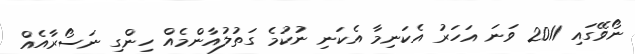
ނޯވޭގައި 2011 ވަނަ އަހަރު އެކަނިމާ އެކަނި ނުކުމެ ގަތުލުއާންމެއް ހިންގި ނަސޯރާއެއް